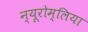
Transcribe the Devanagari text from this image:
न्यूरोम्लिया